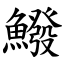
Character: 鱍